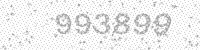
Solution: 993899